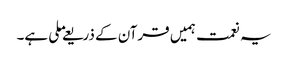
یہ نعمت ہمیں قرآن کے ذریعے ملی ہے۔